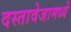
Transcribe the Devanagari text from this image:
दस्तावेजामध्ये